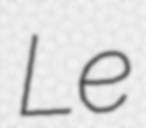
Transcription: Le